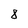
Character: 8